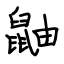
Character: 鼬